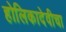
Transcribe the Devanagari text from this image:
होलिकादेवीचा